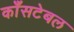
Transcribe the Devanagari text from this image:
काँसटेबल